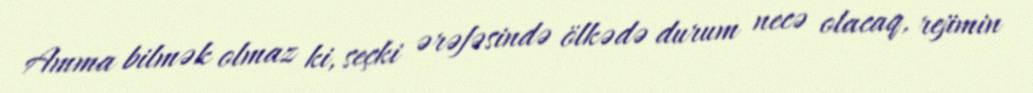
Amma bilmək olmaz ki, seçki ərəfəsində ölkədə durum necə olacaq, rejimin